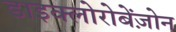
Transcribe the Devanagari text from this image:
डाइक्लोरोबेंज़ोन